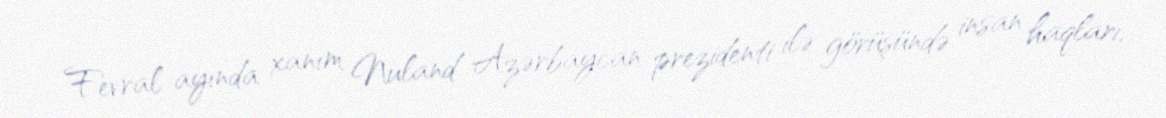
Fevral ayında xanım Nuland Azərbaycan prezidenti ilə görüşündə insan haqları,